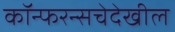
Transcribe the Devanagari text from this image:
कॉन्फरन्सचेदेखील